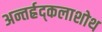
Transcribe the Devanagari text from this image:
अन्तर्ह्रद्कलाशोथ